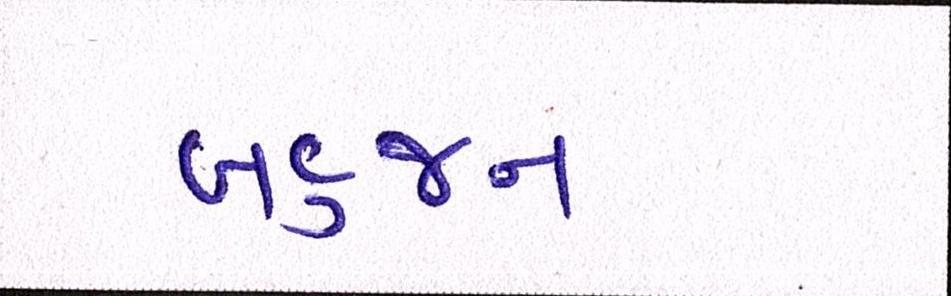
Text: બહુજન